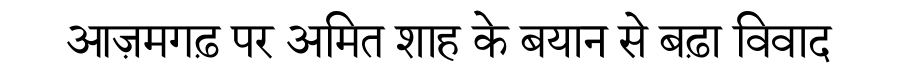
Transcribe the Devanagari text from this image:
आज़मगढ़ पर अमित शाह के बयान से बढ़ा विवाद